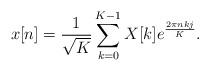
LaTeX: \begin{align*}x[n]=\frac{1}{\sqrt{K}} \sum_{k=0}^{K-1} X[k] e^{\frac{2\pi nkj}{K}}. \end{align*}